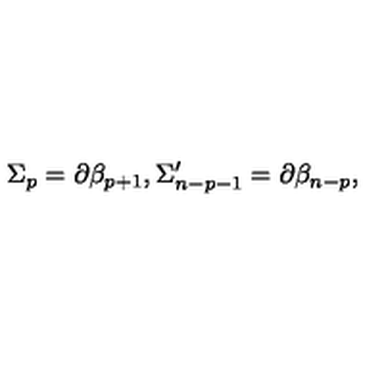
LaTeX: \Sigma _ { p } = \partial \mathcal { \beta } _ { p + 1 } , \Sigma _ { n - p - 1 } ^ { \prime } = \partial \mathcal { \beta } _ { n - p } ,